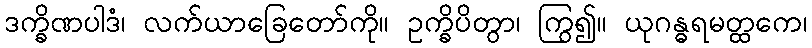
ဒက္ခိဏပါဒံ၊ လက်ယာခြေတော်ကို။ ဥက္ခိပိတွာ၊ ကြွ၍။ ယုဂန္ဓရမတ္ထကေ၊